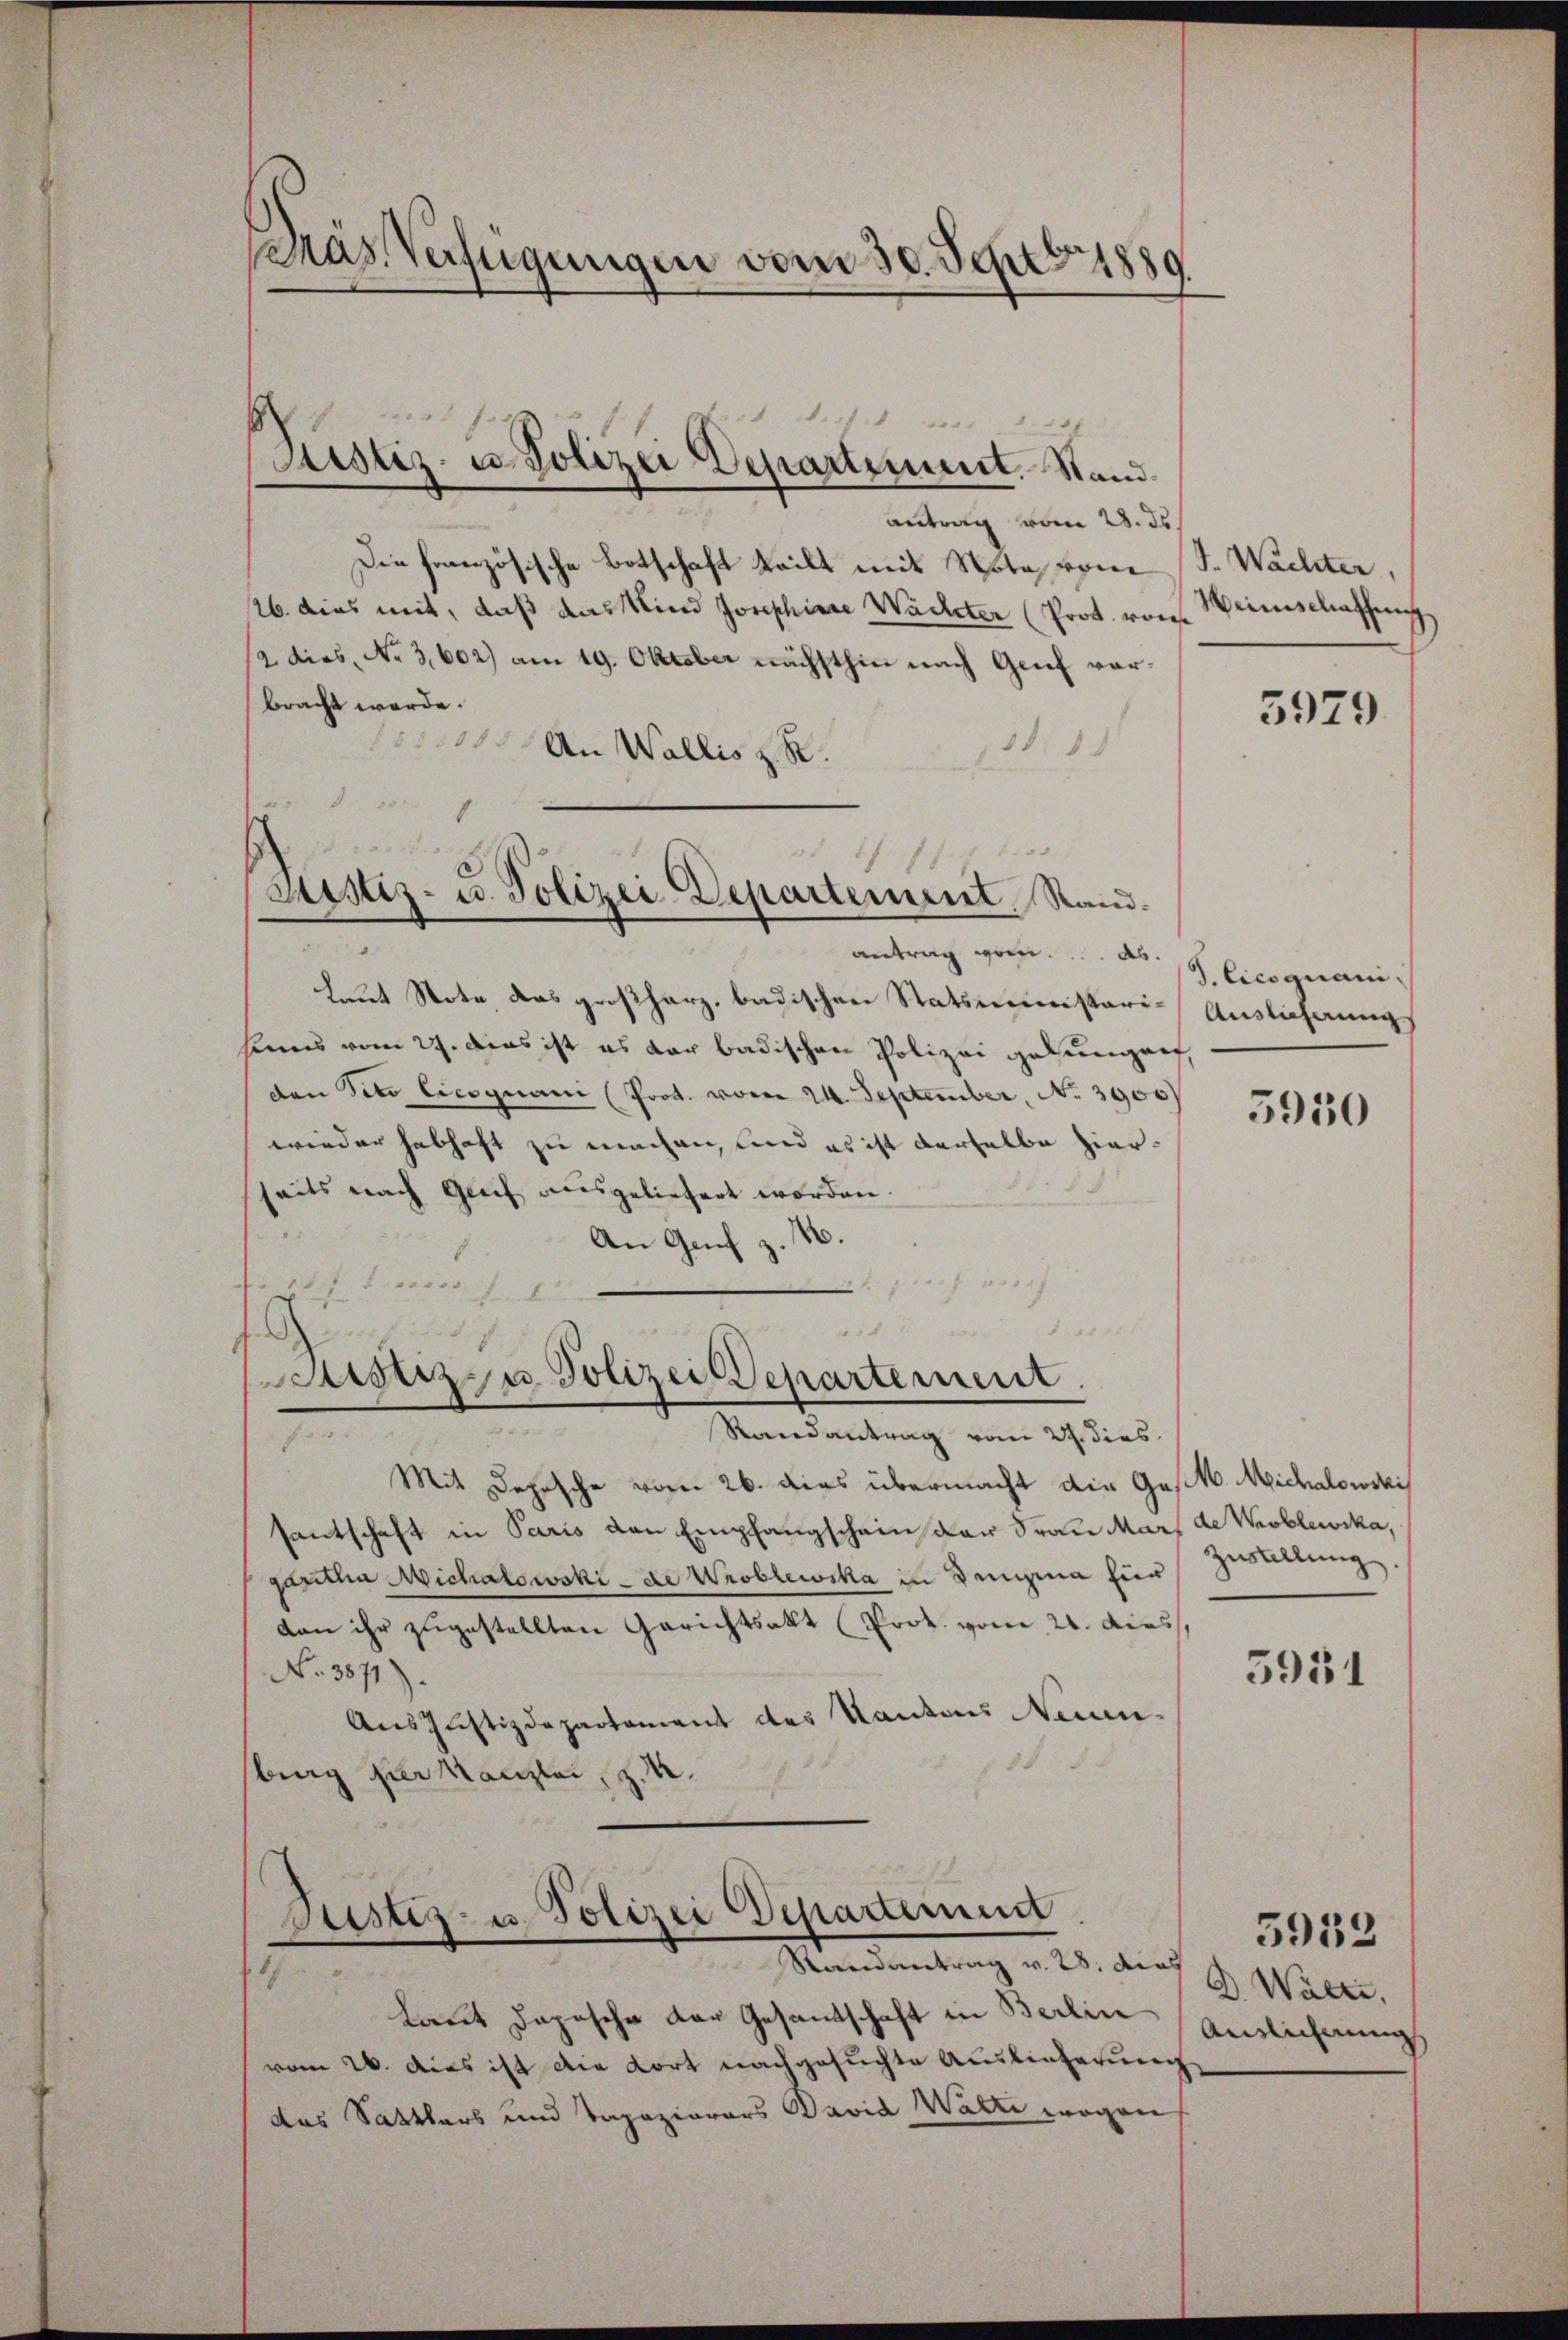
Bras Verfügungen vom 30. Septbr. 1889

e
f
4
Justiz- u. Polizei Departement. Stand.

antrag vom 28. ds.
Die französische Botschaft teilt mit Nota vom S. Wachter,
26. dies mit, daß das Kind Josephine Wachter (Prot. von Weinschaffung
2 dies, No 3,602) am 19. Oktober nächsthin nach Genf vorbracht werde.
31
 An Wallis z. R.
e
8
1
fit 1000
Justiz- u. Polizei Departement, Stand.

antrag vom.... ds.
laut Note das großherz, badischen Statsministerikens vom 27. Das ist es der badischen Polizei gesungen,
dan deto Cicognani (Prot. vom 24. September, No 3900)
wieder habhaft zu machen, und es ist derselbe hierseits nach Greif ausgeliefert worden
An Genf z
20 f 1849
17. d. 200, ebe
Randantrag vom 27. dies
7
Mit Depesche vom 26. dies übermacht die Gestb. Michalowski
santschaft in Paris den Empfangschein der Frau Mars de Koblewska,
garetha Michalowski - de Wroblewska in Semina für
dan ihr zugestellten Gerichtsakt (Prok. vom 21. dies
No. 3871).
Aus Justizdepartement des Kantons Neuen-
burg der Kanzlei, z. B.

5
stiz- u. Polizei Departement.

Justiz- u. Polizei Departement
Randantrag v. 28. dies

17
Laut dazusche der Gesandtschaft in Berlin Anzeichnung
vom 26. dies ist die dort nachgesuchte Auslieferung
das Sattlers und Tapeziarors David Walte wegen

5979.

J.Cicoguani,
Auslieferungs

5950

Zwallung

5951

D. Walte,

5953